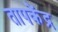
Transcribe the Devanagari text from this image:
तापकेंद्र